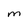
Character: M